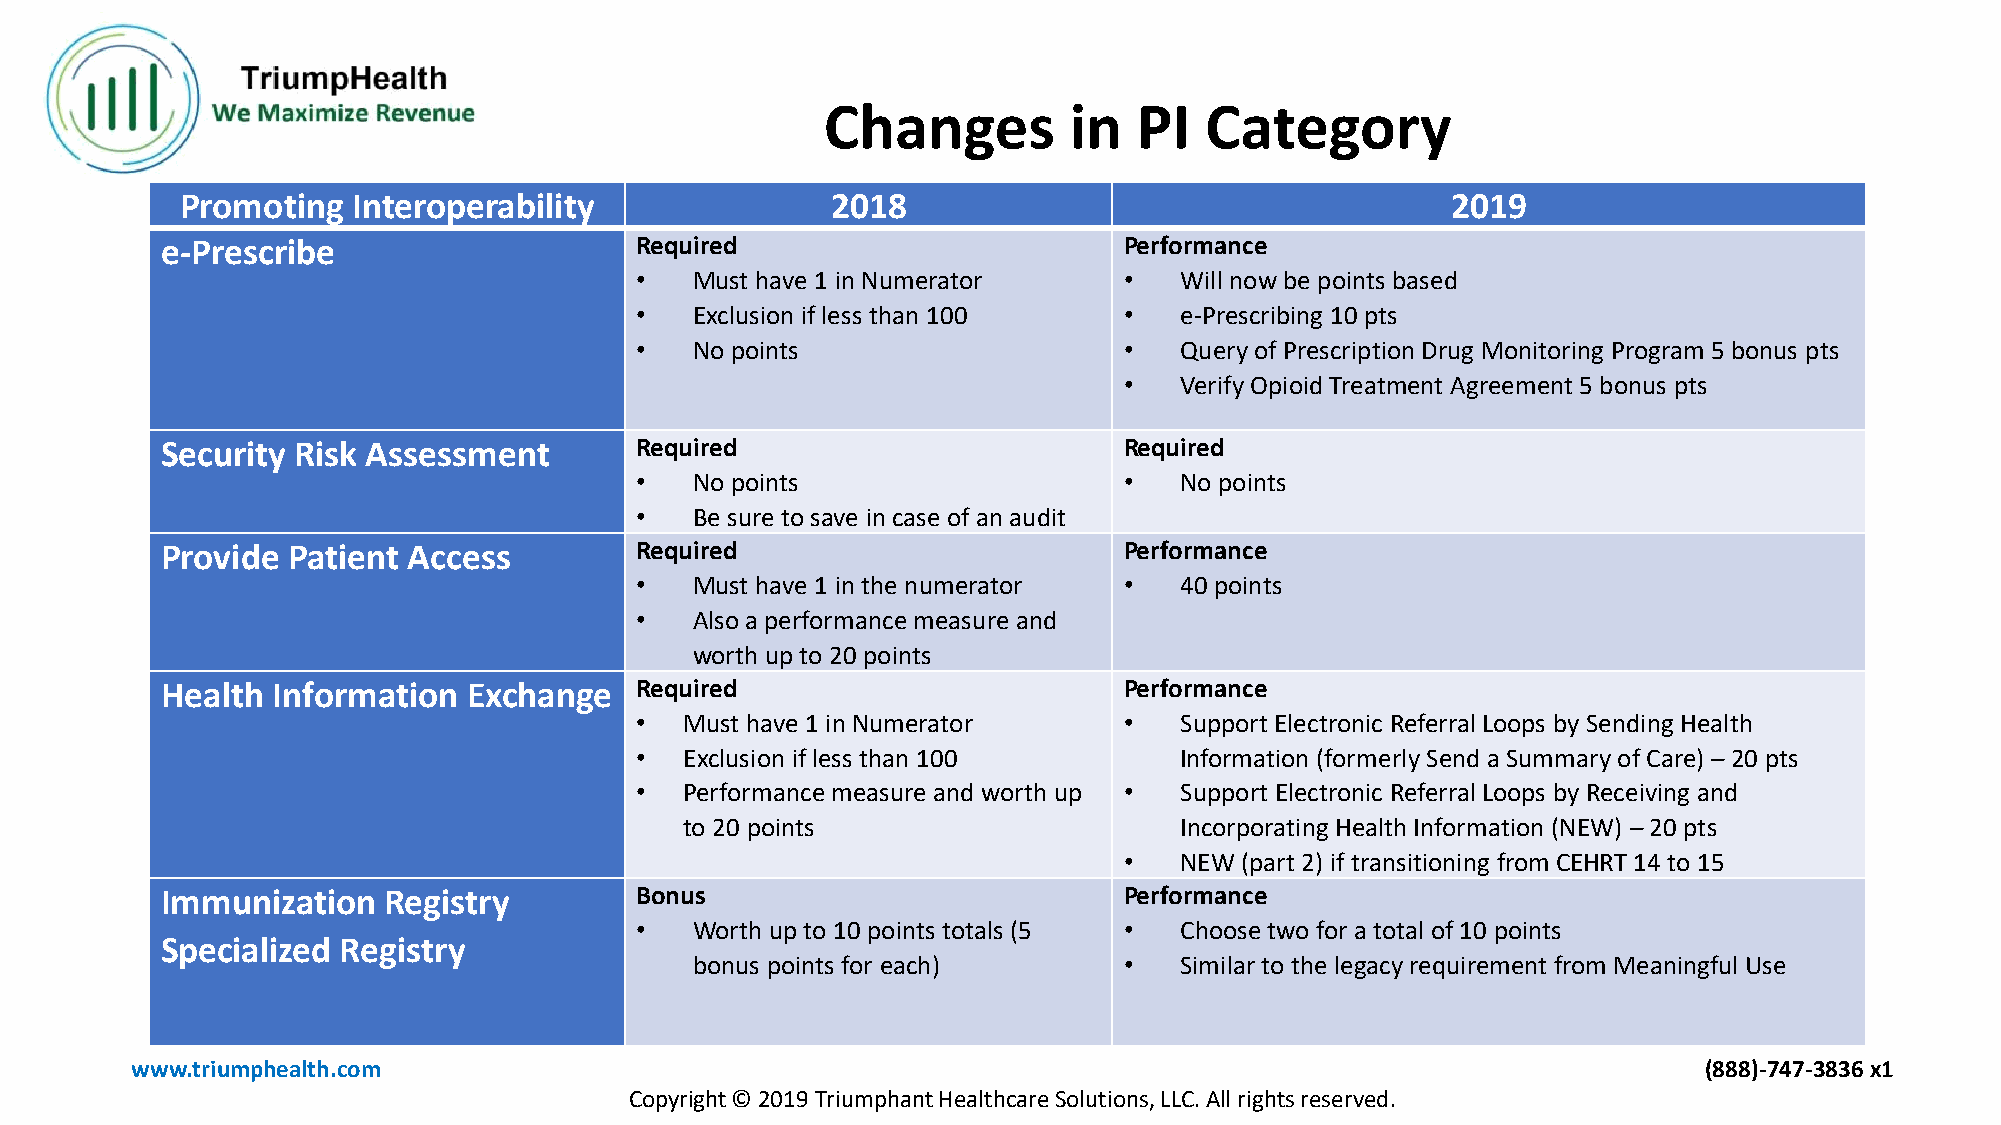
Changes         in  PI   Category
 Promoting  Interoperability                2018                                     2019
 e-Prescribe                    Required                        Performance
 •   Must have 1 in Numerator    •   Will now be points based
 •   Exclusion if less than 100  •   e-Prescribing 10 pts
 •   No points                   •   Query of Prescription Drug Monitoring Program 5 bonus pts
 •   Verify Opioid Treatment Agreement 5 bonus pts
 Security Risk Assessment       Required                        Required
 •   No points                   •   No points
 •   Be sure to save in case of an audit
 Provide Patient Access         Required                        Performance
 •   Must have 1 in the numerator •  40 points
 •   Also a performance measure and
 worth up to 20 points
 Health Information  Exchange   Required                        Performance
 •  Must have 1 in Numerator     •   Support Electronic Referral Loops by Sending Health
 •  Exclusion if less than 100       Information (formerly Send a Summary of Care) – 20 pts
 •  Performance measure and worth up • Support Electronic Referral Loops by Receiving and
 to 20 points                     Incorporating Health Information (NEW) – 20 pts
 •   NEW (part 2) if transitioning from CEHRT 14 to 15
 Immunization  Registry         Bonus                           Performance
 •   Worth up to 10 points totals (5 • Choose two for a total of 10 points
 Specialized Registry
 bonus points for each)      •   Similar to the legacy requirement from Meaningful Use
 www.triumphealth.com                                                                                    (888)-747-3836 x1
 Copyright © 2019 Triumphant Healthcare Solutions, LLC. All rights reserved.